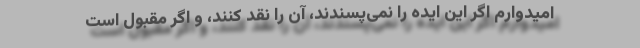
امیدوارم اگر این ایده را نمی‌پسندند، آن را نقد کنند، و اگر مقبول است